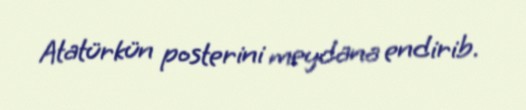
Atatürkün posterini meydana endirib.